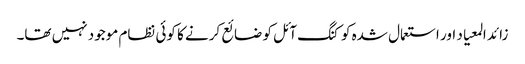
زائد المعیاد اور استعمال شدہ کوکنگ آئل کو ضائع کرنے کا کوئی نظام موجود نہیں تھا۔